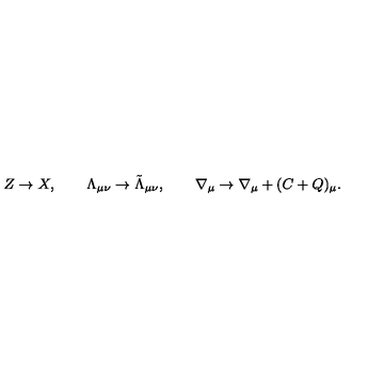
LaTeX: Z \rightarrow X , \qquad \Lambda _ { \mu \nu } \rightarrow \tilde { \Lambda } _ { \mu \nu } , \qquad \nabla _ { \mu } \rightarrow \nabla _ { \mu } + ( C + Q ) _ { \mu } .